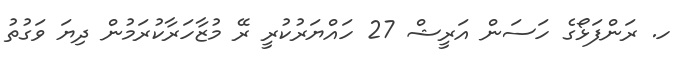
ހ. ރަންފަޅޯގެ ހަސަން އަރީޝް 27 ހައްޔަރުކުރީ ރޭ މުޒާހަރާކުރަމުން ދިޔަ ވަގުތު